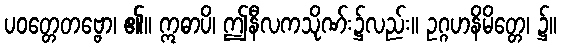
ပဝတ္တေတဗ္ဗော၊ ၏။ ဣဓာပိ၊ ဤနီလကသိုဏ်း၌လည်း။ ဥဂ္ဂဟနိမိတ္တေ၊ ၌။